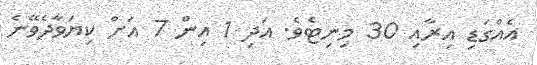
އެއްގަޑި އިރާއި 30 މިނިޓެވެ. އަދި 1 އިން 7 އަށް ކިޔަވާދެވޭނެ